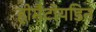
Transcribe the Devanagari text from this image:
हीमैटोयडिन